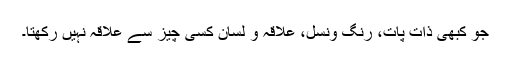
جو کبھی ذات پات، رنگ ونسل، علاقہ و لسان کسی چیز سے علاقہ نہیں رکھتا۔